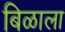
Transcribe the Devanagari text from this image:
बिळाला